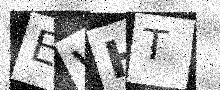
Text: EVHT